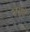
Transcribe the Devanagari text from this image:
मसूढ़े